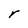
Character: r